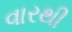
વારથી